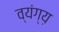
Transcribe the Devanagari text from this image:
व्यंग्य़